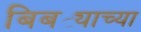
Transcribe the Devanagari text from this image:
बिबट्याच्या